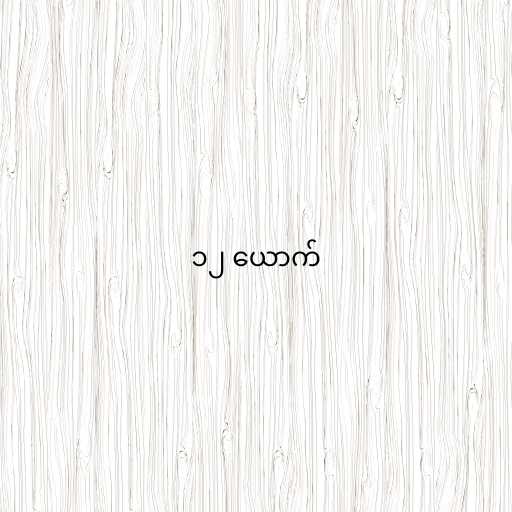
၁၂ ယောက်